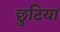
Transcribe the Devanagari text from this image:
छुटिया